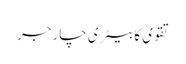
تقویٰ کا بیٹری چارجر